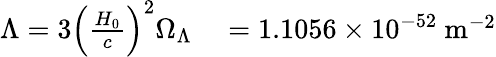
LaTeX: \begin{array}{rl}{\Lambda=3\left({\frac{H_{0}}{c}}\right)^{2}\Omega_{\Lambda}}&{{}=1.1056\times 10^{-52}\ {\mathrm{m}}^{-2}}\end{array}